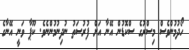
ހޯދުމުންވެސް މިސްރުގެ ސްކޮޑުން އޭނާ އަށް ފުރުސަތު ނުދިނުމުންނެވެ. ކޫޕާ ވަނީ އޭނާގެ